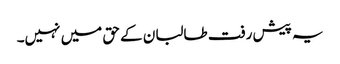
یہ پیش رفت طالبان کے حق میں نہیں۔